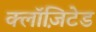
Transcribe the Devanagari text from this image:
क्लॉज़िटेड